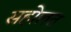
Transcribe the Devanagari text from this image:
सहोलत